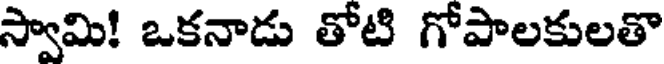
స్వామి! ఒకనాడు తోటి గోపాలకులతొ